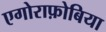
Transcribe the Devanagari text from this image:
एगोराफ़ोबिया